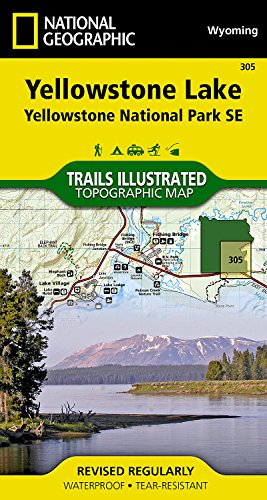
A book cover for Yellowstone Lake: Yellowstone National Park SE (National Geographic Trails Illustrated Map); National Geographic Maps - Trails Illustrated; Travel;